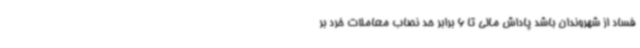
فساد از شهروندان باشد پاداش مالی تا 6 برابر حد نصاب معاملات خرد بر